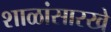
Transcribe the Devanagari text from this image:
शाळांसारखे